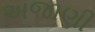
અજાણી